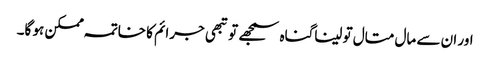
اور ان سے مال متال تو لیناگناہ سمجھے تو تبھی جرائم کا خاتمہ ممکن ہو گا۔